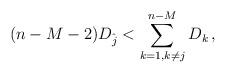
LaTeX: \begin{align*} (n-M-2)D_{\hat j} < \sum_{k=1 , k\neq j}^{n-M} D_{k}\, , \end{align*}